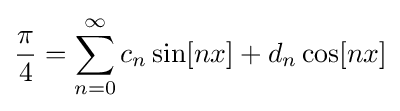
{\frac {\pi }{4}}=\sum _{n=0}^{\infty }c_{n}\sin[nx]+d_{n}\cos[nx]